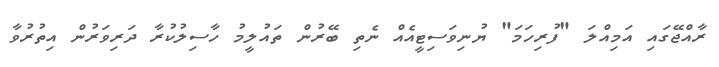
ރާއްޖޭގައި އަމިއްލަ "ފުރިހަމަ" ޔުނިވަސިޓީއެއް ނެތި ބޭރުން ތައުލީމު ހާސިލުކުރާ ދަރިވަރުން އިތުރުވާ